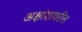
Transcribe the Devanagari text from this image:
अक्षांशावरील